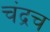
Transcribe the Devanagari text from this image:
चंद्रच